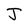
Character: J